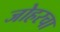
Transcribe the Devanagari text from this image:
जोहरचा